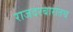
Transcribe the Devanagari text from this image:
राजदरबारातच